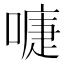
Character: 𭊚